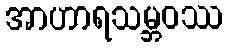
အာဟာရသမ္ဘဝဿ